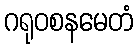
ဂရုဝစနမေတံ